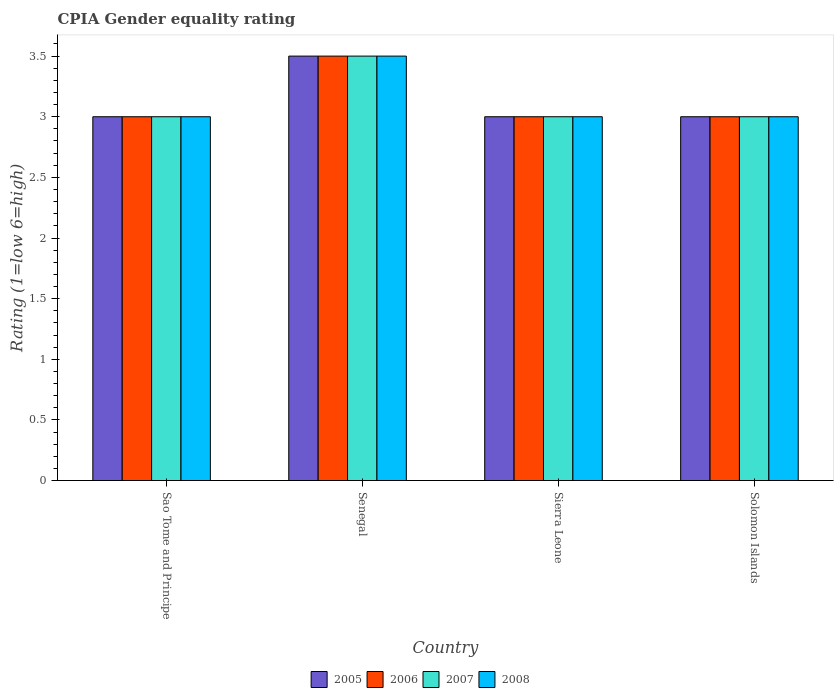
| Country | 2005 | 2006 | 2007 | 2008 |
 | --- | --- | --- | --- | --- |
 | Sao Tome and Principe | 3 | 3 | 3 | 3 |
 | Senegal | 3.5 | 3.5 | 3.5 | 3.5 |
 | Sierra Leone | 3 | 3 | 3 | 3 |
 | Solomon Islands | 3 | 3 | 3 | 3 |